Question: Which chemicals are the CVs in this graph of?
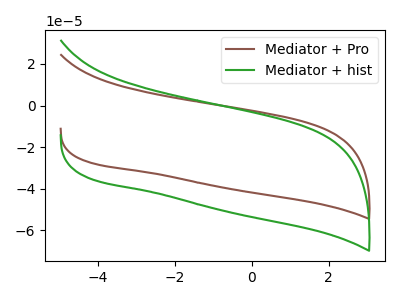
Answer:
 <answer>The brown curve is labeled "Mediator + Pro". The green curve is labeled "Mediator + hist".</answer>
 <eval></eval>